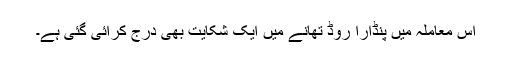
اس معاملہ میں پنڈارا روڈ تھانے میں ایک شکایت بھی درج کرائی گئی ہے۔